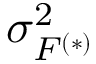
\sigma _ { F ^ { ( * ) } } ^ { 2 }